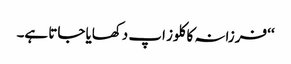
‘‘ فرزانہ کا کلوز اپ دکھایا جاتا ہے۔